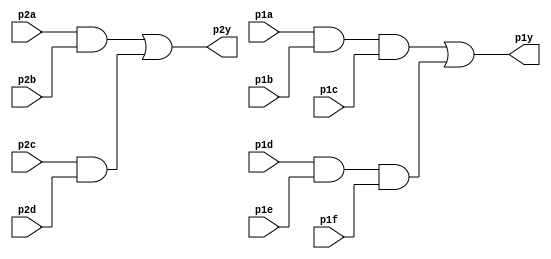
//The 7458 is a chip with four AND gates and two OR gates.

module top_module ( 
    input p1a, p1b, p1c, p1d, p1e, p1f,
    output p1y,
    input p2a, p2b, p2c, p2d,
    output p2y );
    
    wire w1,w2,w3,w4;
    
    assign w1 = p2a & p2b;
    assign w2 = p1a & p1b & p1c;
    assign w3 = p2c & p2d;
    assign w4 = p1d & p1e & p1f;
    assign p2y = w1 | w3;
    assign p1y = w2 | w4;
endmodule